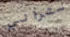
ستراني